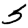
Digit: 5